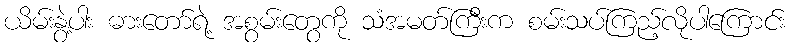
ယိမ်းနွဲ့ပါး ဓားတော်ရဲ့ အစွမ်းတွေကို သံအမတ်ကြီးက စမ်းသပ်ကြည့်လိုပါကြောင်း